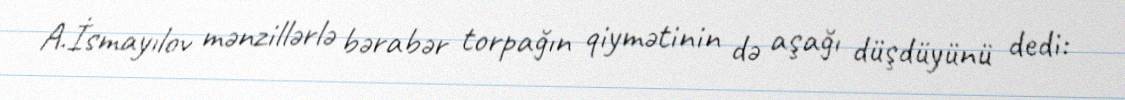
A.İsmayılov mənzillərlə bərabər torpağın qiymətinin də aşağı düşdüyünü dedi: